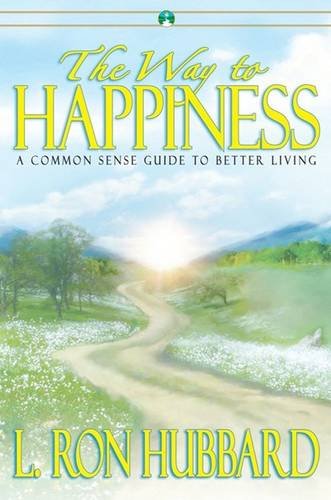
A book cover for The Way To Happiness (English); L. Ron Hubbard; Religion & Spirituality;